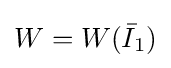
W=W({\bar {I}}_{1})